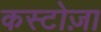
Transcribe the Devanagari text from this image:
कस्टोज़ा